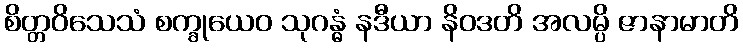
စိတ္တဝိသေသံ စက္ခုယေဝ သုဂန္ဓံ နဒီယာ နိဝဒတိ အလမ္ပိ ဇာနာမာတိ